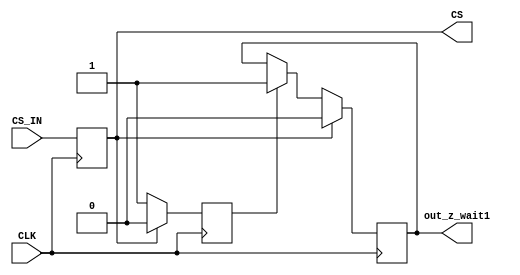
`timescale 1ns / 1ps
/*
 * This software is Copyright (c) 2016 Denis Burykin
 * [denis_burykin yahoo com], [denis-burykin2014 yandex ru]
 * and it is hereby released to the general public under the following terms:
 * Redistribution and use in source and binary forms, with or without
 * modification, are permitted.
 *
 */

// **********************************************
//
// Proper handling of Chip Select (CS) input
// on a multi-FPGA board.
//
// On CS assertion:
// * cycle 1. CS input gets registered (CS)
// * cycle 2. Some outputs go T-state (out_z)
// * cycle 3. Some outputs go T-state (out_z_wait1)
//
// **********************************************

module chip_select(
	// Asynchronous CS input
	input CS_IN,
	input CLK,
	// Synchronous output
	output CS,
	//output out_z,
	output out_z_wait1
	);

	(* IOB="true" *) reg cs_in_r = 0;
	always @(posedge CLK)
		cs_in_r <= CS_IN;
	assign CS = cs_in_r;

	//(* IOB="true" *) reg cs_out_inv_r = 0;
	(* IOB="true" *) reg cs_out_inv_wait1_r = 0;
	reg deselect_delay = 0;

	always @(posedge CLK)
		if (~cs_in_r) begin
			//cs_out_inv_r <= 1;
			deselect_delay <= 1;
			if (deselect_delay)
				cs_out_inv_wait1_r <= 1;
		end
		else begin
			//cs_out_inv_r <= 0;
			deselect_delay <= 0;
			cs_out_inv_wait1_r <= 0;
		end

	//assign out_z = cs_out_inv_r;
	assign out_z_wait1 = cs_out_inv_wait1_r;
	
endmodule